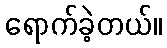
ရောက်ခဲ့တယ်။